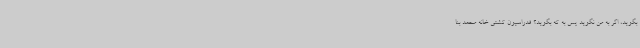
بگوید، اگر به من نگوید پس به که بگوید؟ فدراسیون کشتی خانه محمد بنا